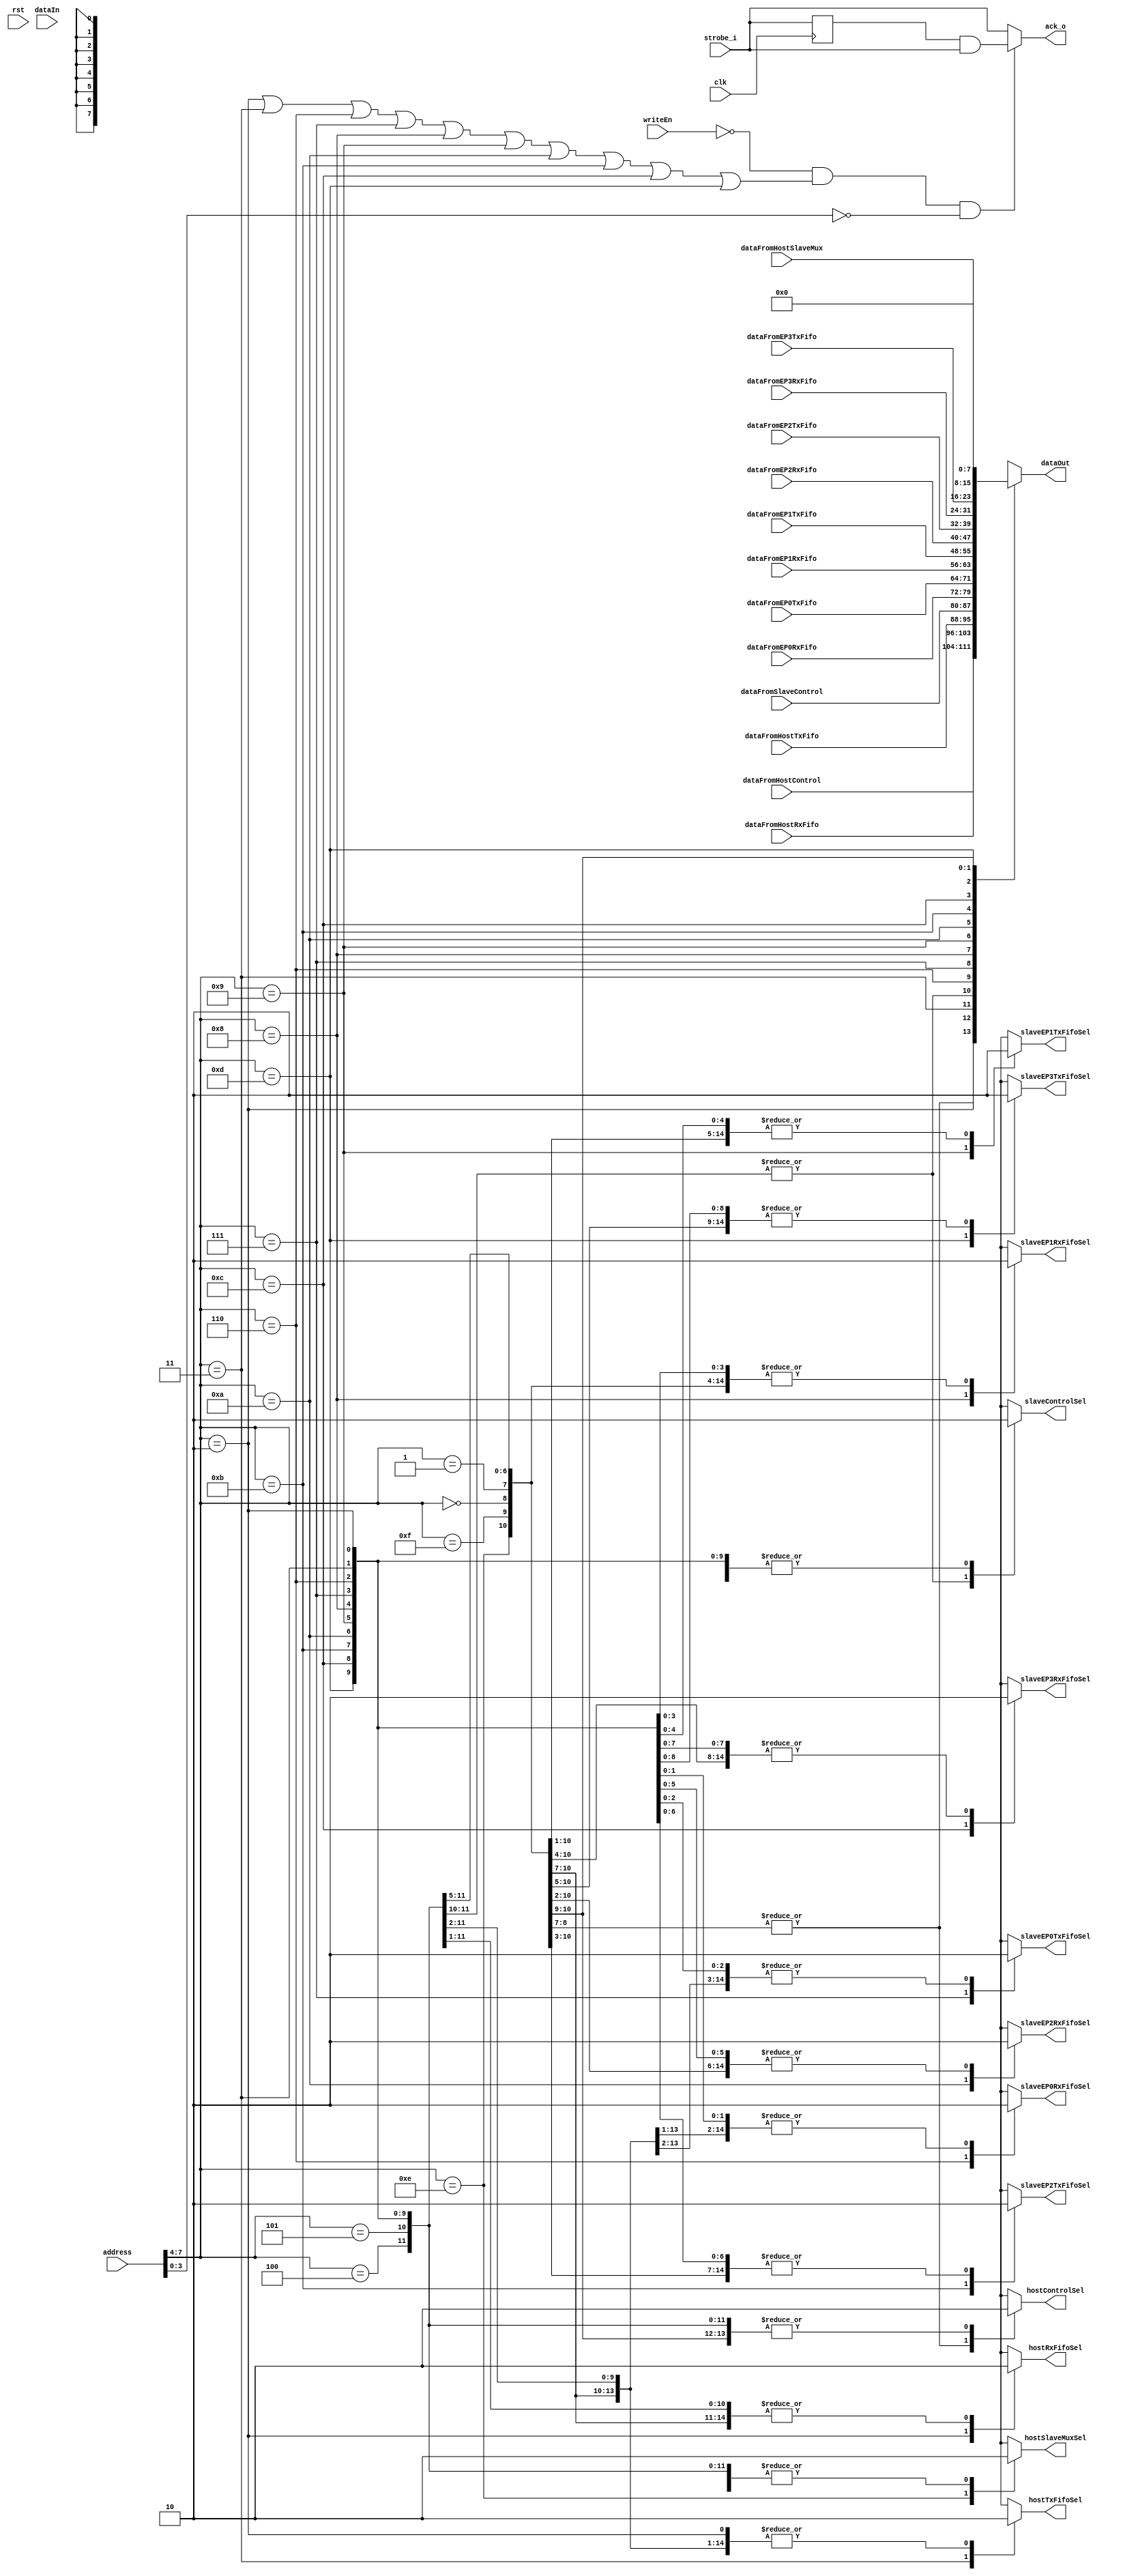
module wishBoneBI (
	input				clk,
	input				rst,
	input		[7:0]	address,
	input		[7:0]	dataIn,
	output	reg	[7:0]	dataOut,
	input				strobe_i,
	output				ack_o,
	input				writeEn,
	output	reg			hostControlSel,
	output	reg			hostRxFifoSel,
	output	reg			hostTxFifoSel,
	output	reg			slaveControlSel,
	output	reg			slaveEP0RxFifoSel, slaveEP1RxFifoSel, slaveEP2RxFifoSel, slaveEP3RxFifoSel,
	output	reg			slaveEP0TxFifoSel, slaveEP1TxFifoSel, slaveEP2TxFifoSel, slaveEP3TxFifoSel,
	output	reg			hostSlaveMuxSel,
	input		[7:0]	dataFromHostControl,
	input		[7:0]	dataFromHostRxFifo,
	input		[7:0]	dataFromHostTxFifo,
	input		[7:0]	dataFromSlaveControl,
	input		[7:0]	dataFromEP0RxFifo, dataFromEP1RxFifo, dataFromEP2RxFifo, dataFromEP3RxFifo,
	input		[7:0]	dataFromEP0TxFifo, dataFromEP1TxFifo, dataFromEP2TxFifo, dataFromEP3TxFifo,
	input		[7:0]	dataFromHostSlaveMux
);

	reg		ack_delayed;
	wire	ack_immediate;
	wire	cond;

	//address decode and data mux
	always@(*) begin
		hostControlSel    = 1'b0;
		hostRxFifoSel     = 1'b0;
		hostTxFifoSel     = 1'b0;
		slaveControlSel   = 1'b0;
		slaveEP0RxFifoSel = 1'b0;
		slaveEP0TxFifoSel = 1'b0;
		slaveEP1RxFifoSel = 1'b0;
		slaveEP1TxFifoSel = 1'b0;
		slaveEP2RxFifoSel = 1'b0;
		slaveEP2TxFifoSel = 1'b0;
		slaveEP3RxFifoSel = 1'b0;
		slaveEP3TxFifoSel = 1'b0;
		hostSlaveMuxSel   = 1'b0;
		case(address[7:4])
			4'h0 : begin
				hostControlSel = 1'b1;
				dataOut = dataFromHostControl; end
			4'h1 : begin
				hostControlSel = 1'b1;
				dataOut = dataFromHostControl; end
			4'h2 : begin
				hostRxFifoSel = 1'b1;
				dataOut = dataFromHostRxFifo; end
			4'h3 : begin
				hostTxFifoSel = 1'b1;
				dataOut = dataFromHostTxFifo; end
			4'h4 : begin
				slaveControlSel = 1'b1;
				dataOut = dataFromSlaveControl; end
			4'h5 : begin
				slaveControlSel = 1'b1;
				dataOut = dataFromSlaveControl; end
			4'h6 : begin
				slaveEP0RxFifoSel = 1'b1;
				dataOut = dataFromEP0RxFifo; end
			4'h7 : begin
				slaveEP0TxFifoSel = 1'b1;
				dataOut = dataFromEP0TxFifo; end
			4'h8 : begin
				slaveEP1RxFifoSel = 1'b1;
				dataOut = dataFromEP1RxFifo; end
			4'h9 : begin
				slaveEP1TxFifoSel = 1'b1;
				dataOut = dataFromEP1TxFifo; end
			4'ha : begin
				slaveEP2RxFifoSel = 1'b1;
				dataOut = dataFromEP2RxFifo; end
			4'hb : begin
				slaveEP2TxFifoSel = 1'b1;
				dataOut = dataFromEP2TxFifo; end
			4'hc : begin
				slaveEP3RxFifoSel = 1'b1;
				dataOut = dataFromEP3RxFifo; end
			4'hd : begin
				slaveEP3TxFifoSel = 1'b1;
				dataOut = dataFromEP3TxFifo; end
			4'he : begin
				hostSlaveMuxSel = 1'b1; 
				dataOut = dataFromHostSlaveMux; end
			4'hf: begin
				dataOut = 8'h00; end
		endcase
	end

	//delayed ack
	always@(posedge clk) begin
		ack_delayed <= strobe_i;
	end

	//immediate ack
	assign ack_immediate = strobe_i;

	//select between immediate and delayed ack
	assign cond = ~writeEn & ((address[7:4]==4'h2)|(address[7:4]==4'h3)|(address[7:4]==4'h6)|(address[7:4]==4'h7)|
							  (address[7:4]==4'h8)|(address[7:4]==4'h9)|(address[7:4]==4'ha)|(address[7:4]==4'hb)|
							  (address[7:4]==4'hc)|(address[7:4]==4'hd)) & (address[3:0]==4'h0);
	assign ack_o = (cond) ? (ack_delayed&ack_immediate) : ack_immediate;

endmodule